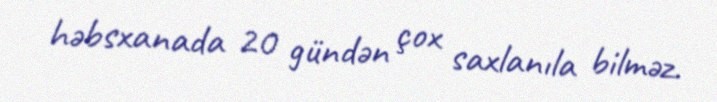
həbsxanada 20 gündən çox saxlanıla bilməz.